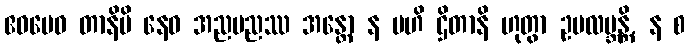
ဧဝမေဝ တာနိပိ နေဝ အညမညဿ အန္တော န ဗဟိ ဌိတာနိ ဟုတွာ ဥပလဗ္ဘန္တိ, န စ